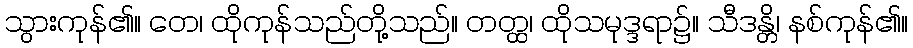
သွားကုန်၏။ တေ၊ ထိုကုန်သည်တို့သည်။ တတ္ထ၊ ထိုသမုဒ္ဒရာ၌။ သီဒန္တိ၊ နစ်ကုန်၏။